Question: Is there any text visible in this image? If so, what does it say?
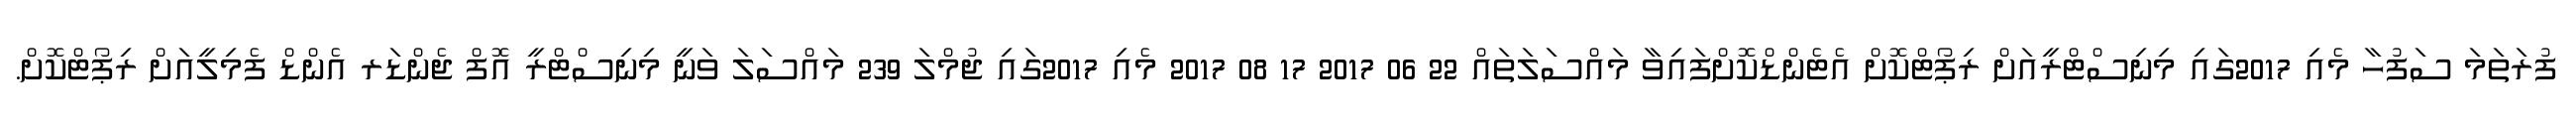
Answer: ފުރަތަމަ ސަފުހާ މެއި 2017ގައި މިނިސްޓްރީއަށް ރިޕޯޓްކޮށް އެޓެންޑްކޮށްފައިވާ މައްސަލަތައް 22 06 2017 17 08 2017 މެއި 2017ގައި ޖުމްލަ 239 މައްސަލަ ވަނީ މިނިސްޓްރީ އޮފް ޖެންޑަރ އެންޑް ފެމިލީއަށް ރިޕޯޓްކޮށް.